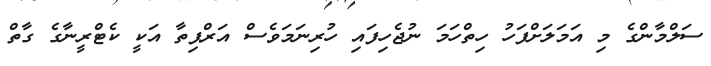
ސަލްމާންގެ މި އަމަލަށްފަހު ހިތްހަމަ ނުޖެހިފައި ހުރިނަމަވެސް އަރްޕިތާ އަކީ ކެޓްރީނާގެ ގާތް